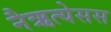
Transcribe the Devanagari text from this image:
नैऋत्येसस